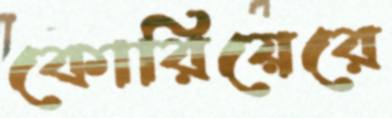
কোরিয়েরে